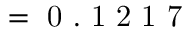
= \mathrm { ~ 0 ~ . ~ 1 ~ 2 ~ 1 ~ 7 ~ }